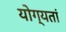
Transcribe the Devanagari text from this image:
योग्यतां